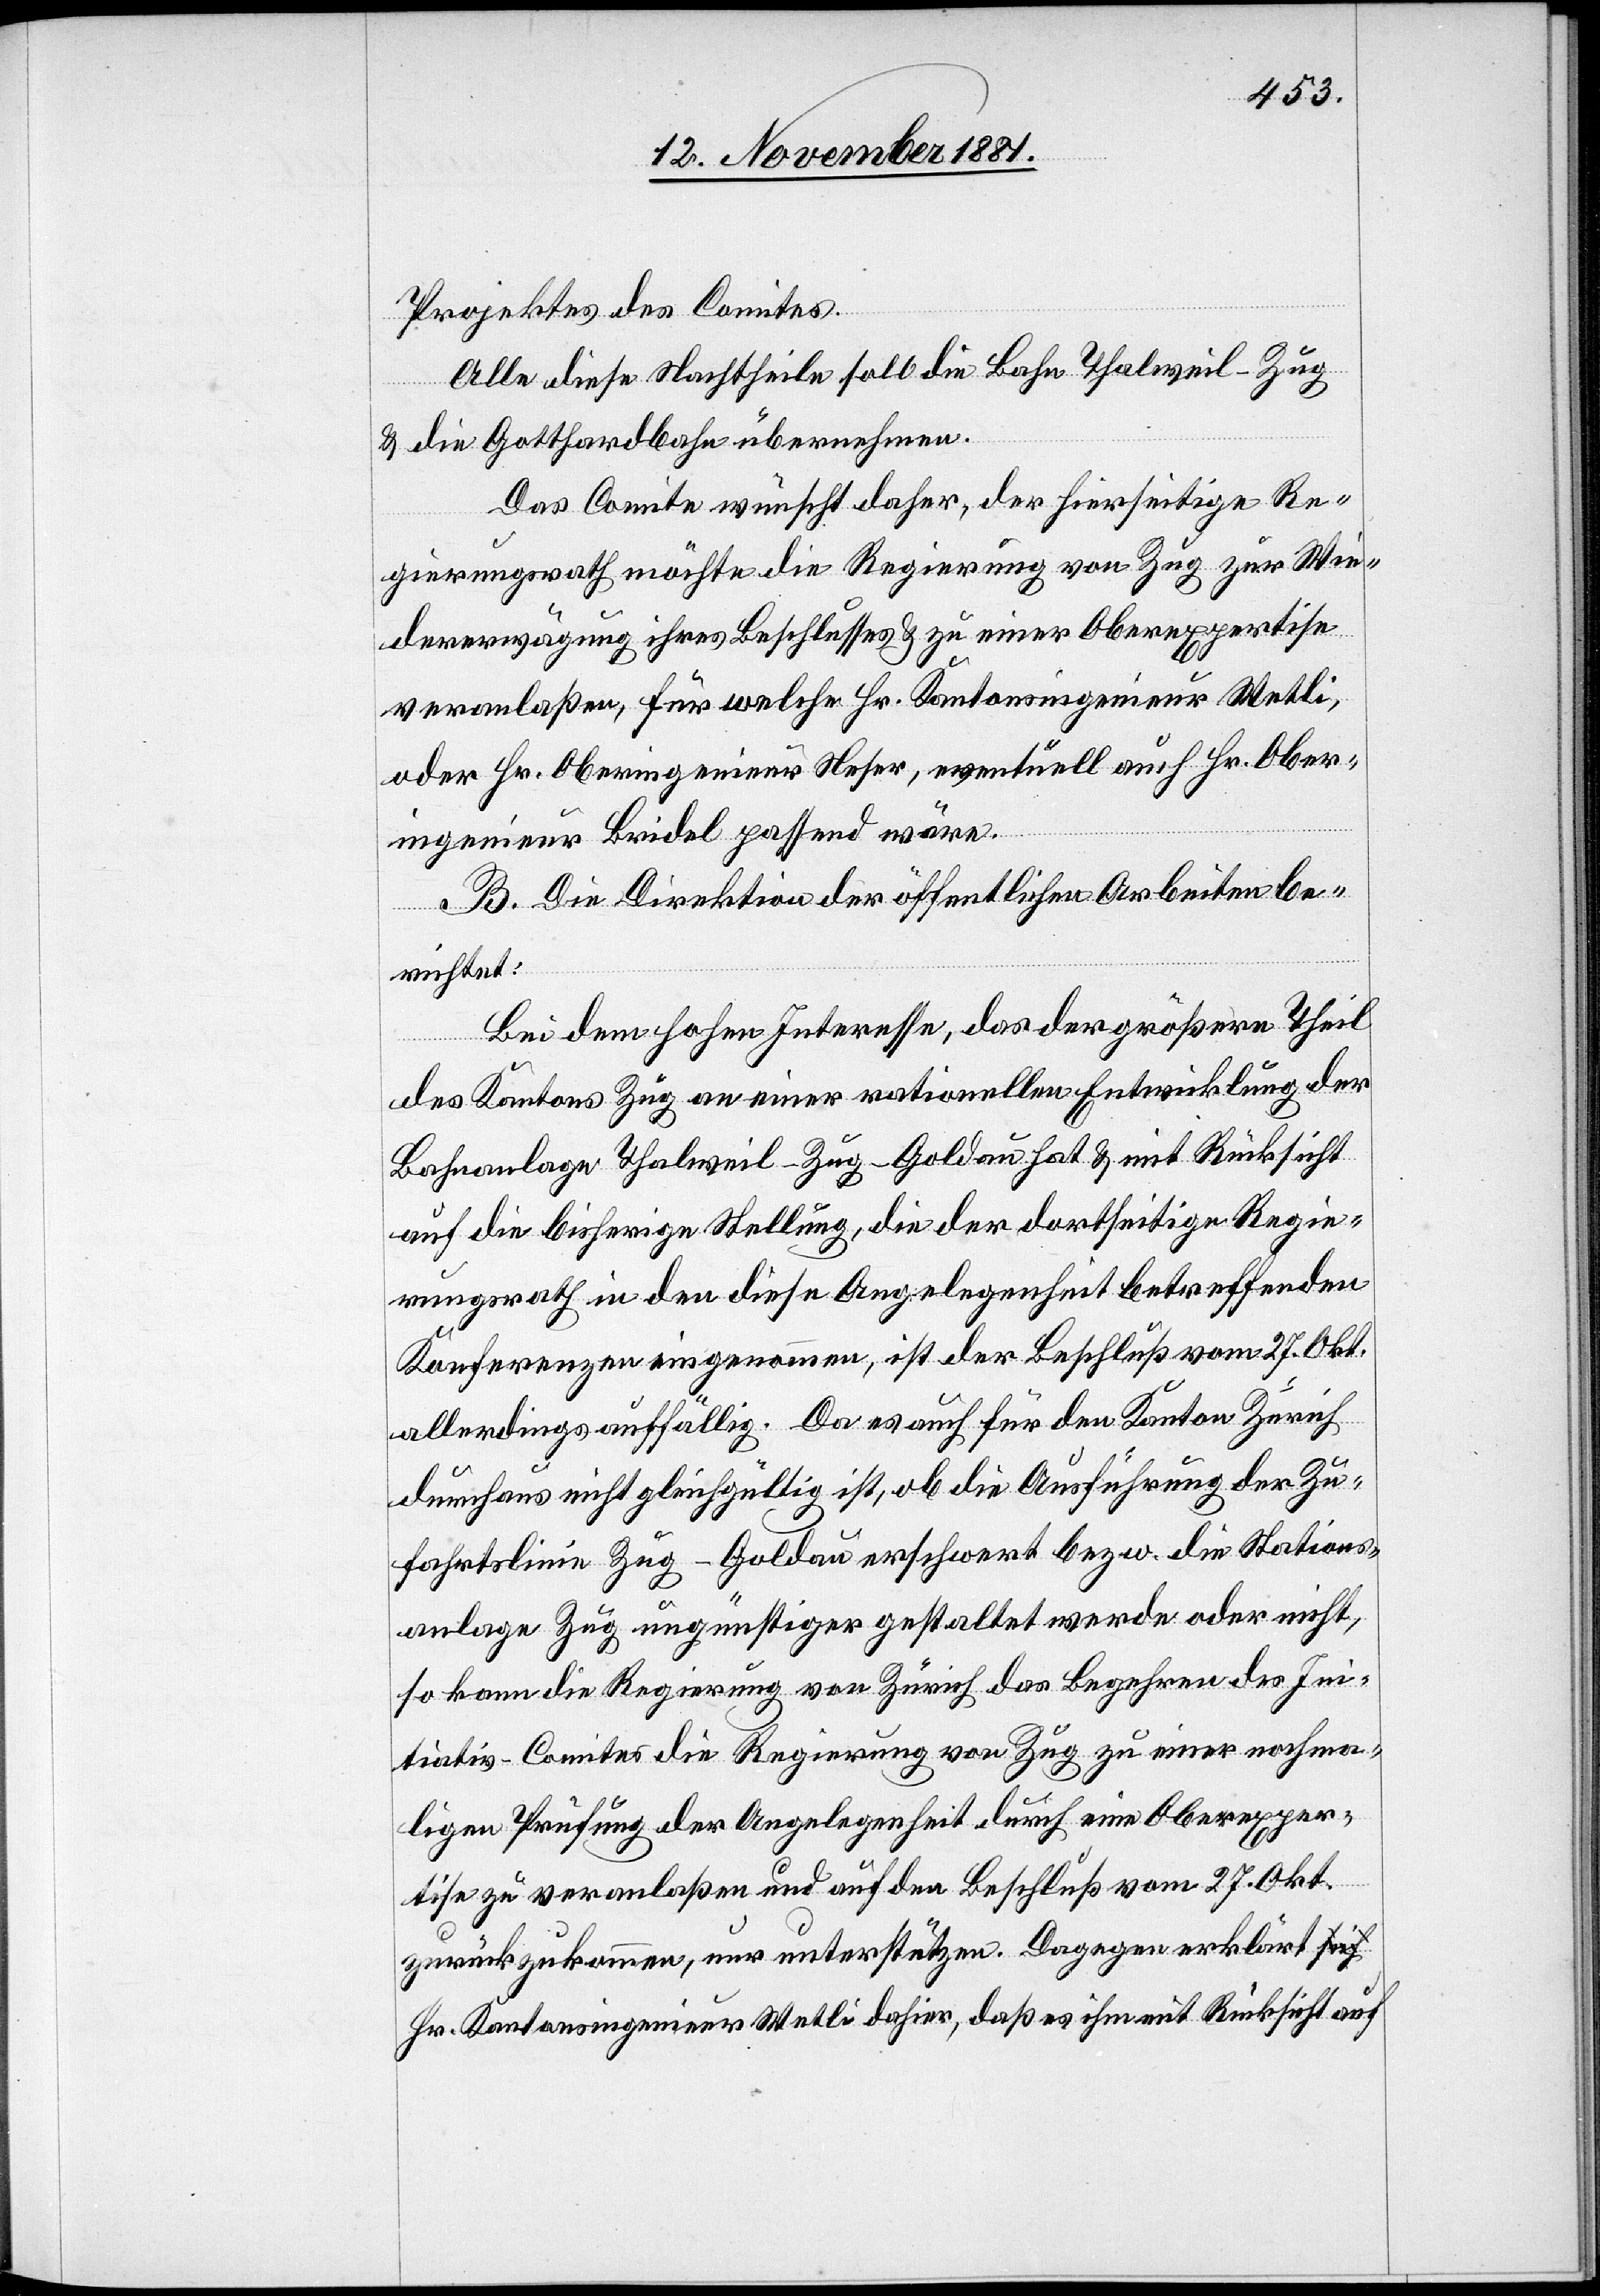
Projektes des Comites.
Alle diese Nachtheile soll die Bahn Thalweil–Zug
& die Gotthardbahn übernehmen.
Das Comite wünscht daher, der hierseitige Re¬
gierungsrath möchte die Regierung von Zug zur Wie¬
dererwägung ihres Beschlusses & zu einer Oberexpertise
veranlaßen, für welche Hr. Kantonsingenieur Wetli,
oder Hr. Oberingenieur Neser, eventuell auch Hr. Ober¬
ingenieur Bridel passend wäre.
B. Die Direktion der öffentlichen Arbeiten be¬
richtet:
Bei dem hohen Interesse, das der größere Theil
des Kantons Zug an einer rationellen Entwicklung der
Bahnanlage Thalweil–Zug–Goldau hat & mit Rücksicht
auf die bisherige Stellung, die der dortseitige Regie¬
rungsrath in den diese Angelegenheit betreffenden
Konferenzen eingenommen, ist der Beschluß vom 27. Okt.
allerdings auffällig. Da es auch für den Kanton Zürich
durchaus nicht gleichgültig ist, ob die Ausführung der Zu¬
fahrtslinie Zug–Goldau erschwert bezw. die Stations¬
anlage Zug ungünstiger gestaltet werde oder nicht,
so kann die Regierung von Zürich das Begehren des Ini¬
tiativ-Comites die Regierung von Zug zu einer nochma¬
ligen Prüfung der Angelegenheit durch eine Oberexper¬
tise zu veranlaßen und auf den Beschluß vom 27. Okt.
zurückzukommen, nur unterstützen. Dagegen erklärt H¬
r. Kantonsingenieur Wetli dahier, daß es ihm mit Rücksicht auf